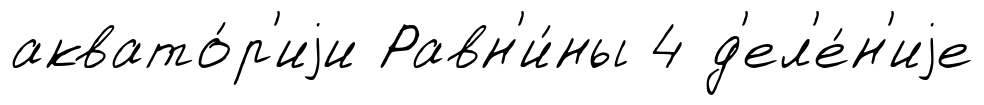
аквато́р'иjи Равн'и́ны 4 д'ел'е́н'иjе